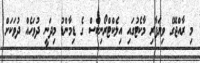
މި ރާއްޖޭގެ ވިޔަފާރި މާކެޓުގައި އިލެކްޓްރޯނިކްސް ގެ ޑިމާންޑު މިދަނީ ދުވަހެއް ދުވަކަށް